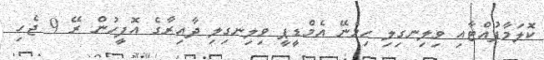
ކޮލަމާފުއްޓާއި ވިލިނގިލި ހިމެނޭ އެމްޑީޕީ ވިލިނގިލި ދާއިރާގެ އޮފީހުން ރޭ 9 ޖެހި